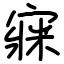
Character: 㝥